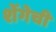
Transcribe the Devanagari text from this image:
शेंगेची